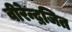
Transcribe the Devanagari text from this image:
वीरेन्द्रजित